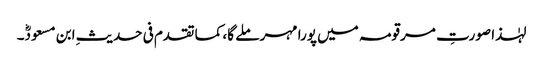
لہٰذا صورتِ مرقومہ میں پورا مہر ملے گا، کما تقدم فی حدیثِ ابن مسعودؓ۔